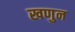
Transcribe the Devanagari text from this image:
खणुन